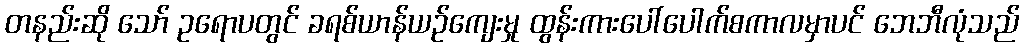
တနည်းဆို သော် ဥရောပတွင် ခရစ်ယာန်ယဉ်ကျေးမှု ထွန်းကားပေါ်ပေါက်စကာလမှာပင် ဘေဘီလုံသည်